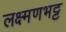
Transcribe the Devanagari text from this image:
लक्ष्मणभट्ट